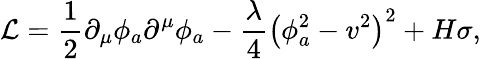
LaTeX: {\cal L}=\frac 12\partial_{\mu}\phi_{a}\partial^{\mu}\phi_{a}-\frac{\lambda}4\left(\phi_{a}^{2}-v^{2}\right)^{2}+H\sigma,